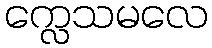
က္လေသမလေ